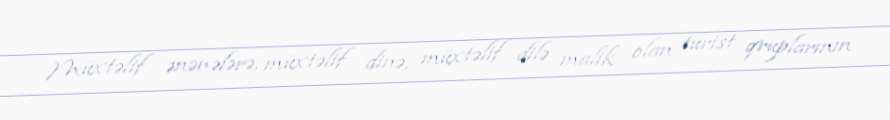
Müxtəlif ənənələrə, müxtəlif dinə, müxtəlif dilə malik olan turist qruplarının